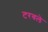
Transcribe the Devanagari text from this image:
टरवले